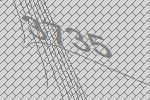
3735